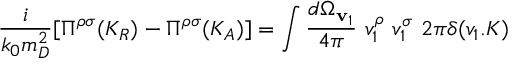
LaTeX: { \frac { i } { k _ { 0 } m _ { D } ^ { 2 } } } [ \Pi ^ { \rho \sigma } ( K _ { R } ) - \Pi ^ { \rho \sigma } ( K _ { A } ) ] = \int { \frac { d \Omega _ { \mathbf { v } _ { 1 } } } { 4 \pi } } \ v _ { 1 } ^ { \rho } \ v _ { 1 } ^ { \sigma } \ 2 \pi \delta ( v _ { 1 } . K )